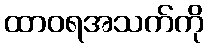
ထာဝရအသက်ကို